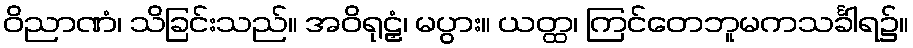
ဝိညာဏံ၊ သိခြင်းသည်။ အဝိရုဠှံ၊ မပွား။ ယတ္ထ၊ ကြင်တေဘူမကသင်္ခါရ၌။